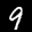
Label: 9